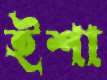
ইশা